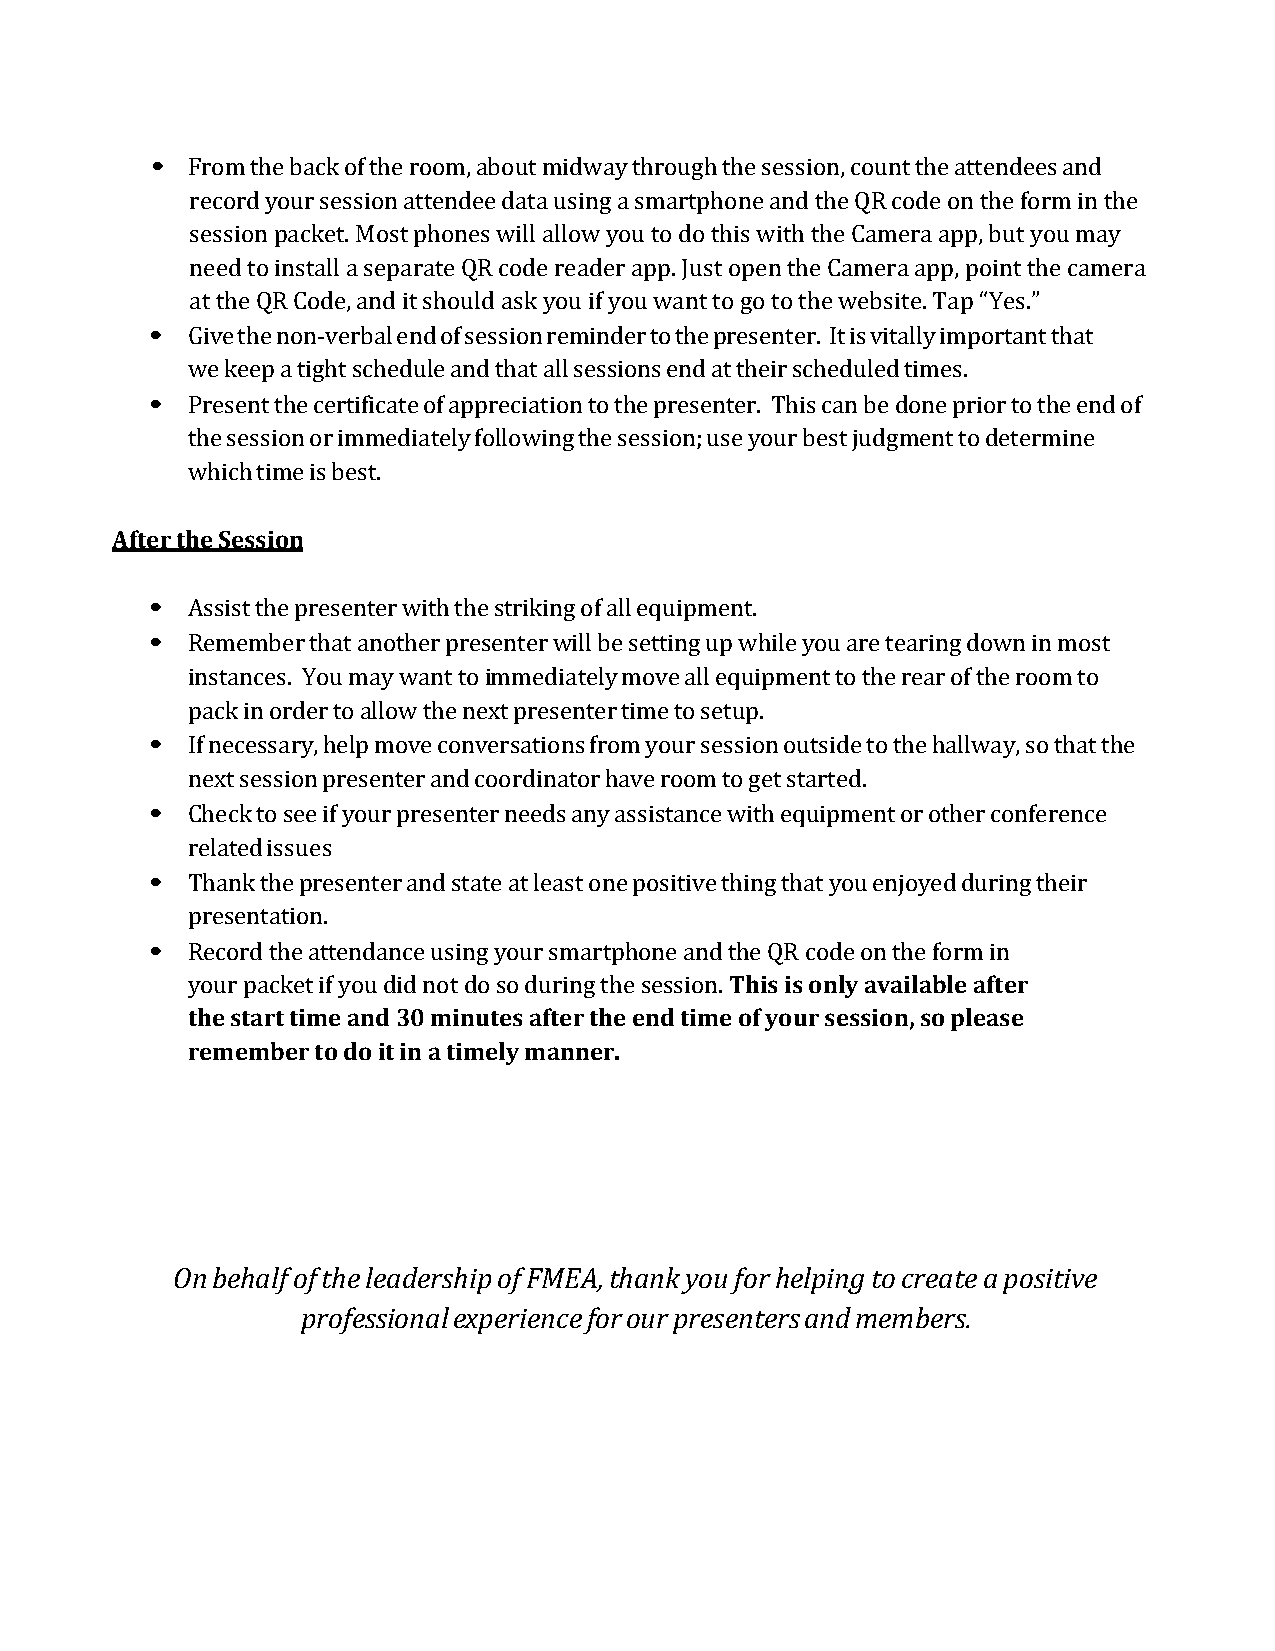
•
 From the back of the room, about midway through the session, count the attendees and
 record your session attendee data using a smartphone and the QR code on the form in the
 session packet. Most phones will allow you to do this with the Camera app, but you may
 need to install a separate QR code reader app. Just open the Camera app, point the camera
 •
 at the QR Code, and it should ask you if you want to go to the website. Tap “Yes.”
 Give the non-verbal end of session reminder to the presenter. It is vitally important that
 •
 we keep a tight schedule and that all sessions end at their scheduled times.
 Present the certificate of appreciation to the presenter. This can be done prior to the end of
 the session or immediately following the session; use your best judgment to determine
 which time is best.
 After the Session
 •
 •
 Assist the presenter with the striking of all equipment.
 Remember that another presenter will be setting up while you are tearing down in most
 instances. You may want to immediately move all equipment to the rear of the room to
 •
 pack in order to allow the next presenter time to setup.
 If necessary, help move conversations from your session outside to the hallway, so that the
 •
 next session presenter and coordinator have room to get started.
 Check to see if your presenter needs any assistance with equipment or other conference
 •
 related issues
 Thank the presenter and state at least one positive thing that you enjoyed during their
 •
 presentation.
 This is only available after
 Record the attendance using your smartphone and the QR code on the form in
 the start time and 30 minutes after the end time of your session, so please
 your packet if you did not do so during the session.
 remember to do it in a timely manner.
 On behalf of the leadership of FMEA, thank you for helping to create a positive
 professional experience for our presenters and members.